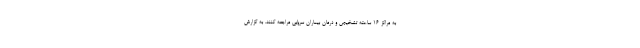
به مراکز ۱۶ ساعته تشخیص و درمان بیماران سرپایی مراجعه کنند. به گزارش